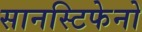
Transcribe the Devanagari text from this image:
सानस्टिफेनो